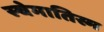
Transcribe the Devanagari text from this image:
स्चेमातिस्म